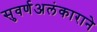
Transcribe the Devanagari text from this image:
सुवर्णअलंकाराने